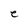
Character: e